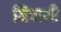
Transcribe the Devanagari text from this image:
निषाणी